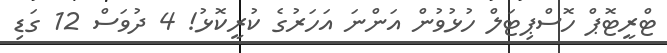
ޓްރީޓޮޕް ހޮސްޕިޓަލް ހުޅުވުން އަންނަ އަހަރުގެ ކުރީކޮޅު! 4 ދުވަސް 12 ގަޑި